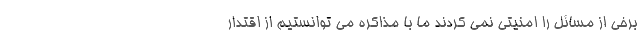
برخی از مسائل را امنیتی نمی کردند ما با مذاکره می توانستیم از اقتدار